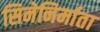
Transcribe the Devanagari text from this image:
सिनेनिर्माता